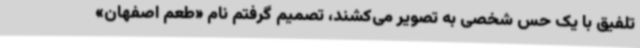
تلفیق با یک حس شخصی به تصویر می‌کشند، تصمیم گرفتم نام «طعم اصفهان»